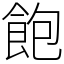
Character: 飽